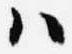
ハ